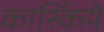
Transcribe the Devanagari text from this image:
कार्स्किये